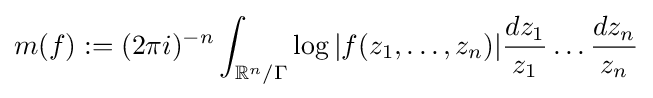
m(f):=(2\pi i)^{-n}\int _{\mathbb {R} ^{n}/\Gamma }\log |f(z_{1},\dots ,z_{n})|{\frac {dz_{1}}{z_{1}}}\dots {\frac {dz_{n}}{z_{n}}}